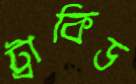
ট্রাকিড